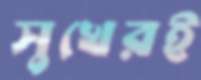
সুখেরই